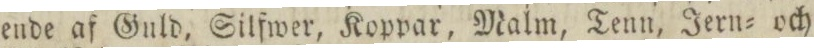
ende af Guld, Silfwer, Koppar, Malm, Tenn, Jern= och